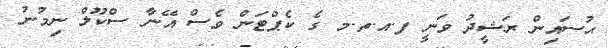
ޙުސައިން ރަޝީދު ވަނީ ފ.އ.ތ.މ ގެ ކެޕްޓަން ވެސް އޭނާ ސްކޫލް ނިމުނު